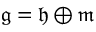
{ \mathfrak { g } } = { \mathfrak { h } } \oplus { \mathfrak { m } }